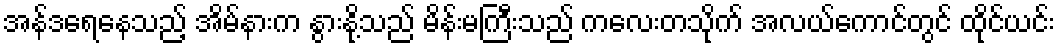
အန်ဒရေနေသည့် အိမ်နားက နွားနို့သည် မိန်းမကြီးသည် ကလေးတသိုက် အလယ်ကောင်တွင် ထိုင်ယင်း